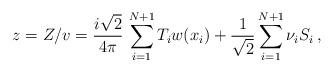
LaTeX: \begin{align*}z = Z/v= {i\sqrt{2}\over 4\pi}\,\sum_{i=1}^{N+1}T_{i}w(x_{i}) +{1\over\sqrt{2}}\sum_{i=1}^{N+1} \nu_{i}S_{i}\, ,\end{align*}